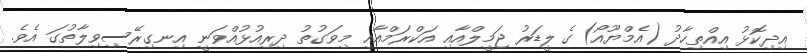
އިދިކޮޅު އިއްތިހާދު (އެމްޔޫއޯ)ގެ ލީޑަރު ޖަމީލްއާއި އަކްރަމްއާއި މިވަގުތު ދިރިއުޅުއްވަނީ އިނގިރޭސިވިލާތުގަ އެވެ.